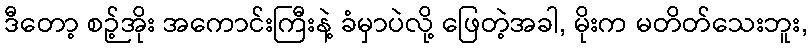
ဒီတော့ စဉ့်အိုး အကောင်းကြီးနဲ့ ခံမှာပဲလို့ ဖြေတဲ့အခါ, မိုးက မတိတ်သေးဘူး,